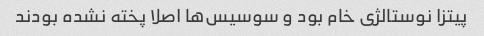
پیتزا نوستالژی خام بود و سوسیس‌ها اصلا پخته نشده بودند